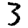
Digit: 3